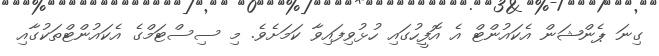
ގިނަ ޕެންޝަން އެކައުންޓް އެ އޮފީހުގައި ހުޅުވިފައިވާ ކަމަށެވެ. މި ސިސްޓަމްގެ އެކައުންޓްތަކުގާއި